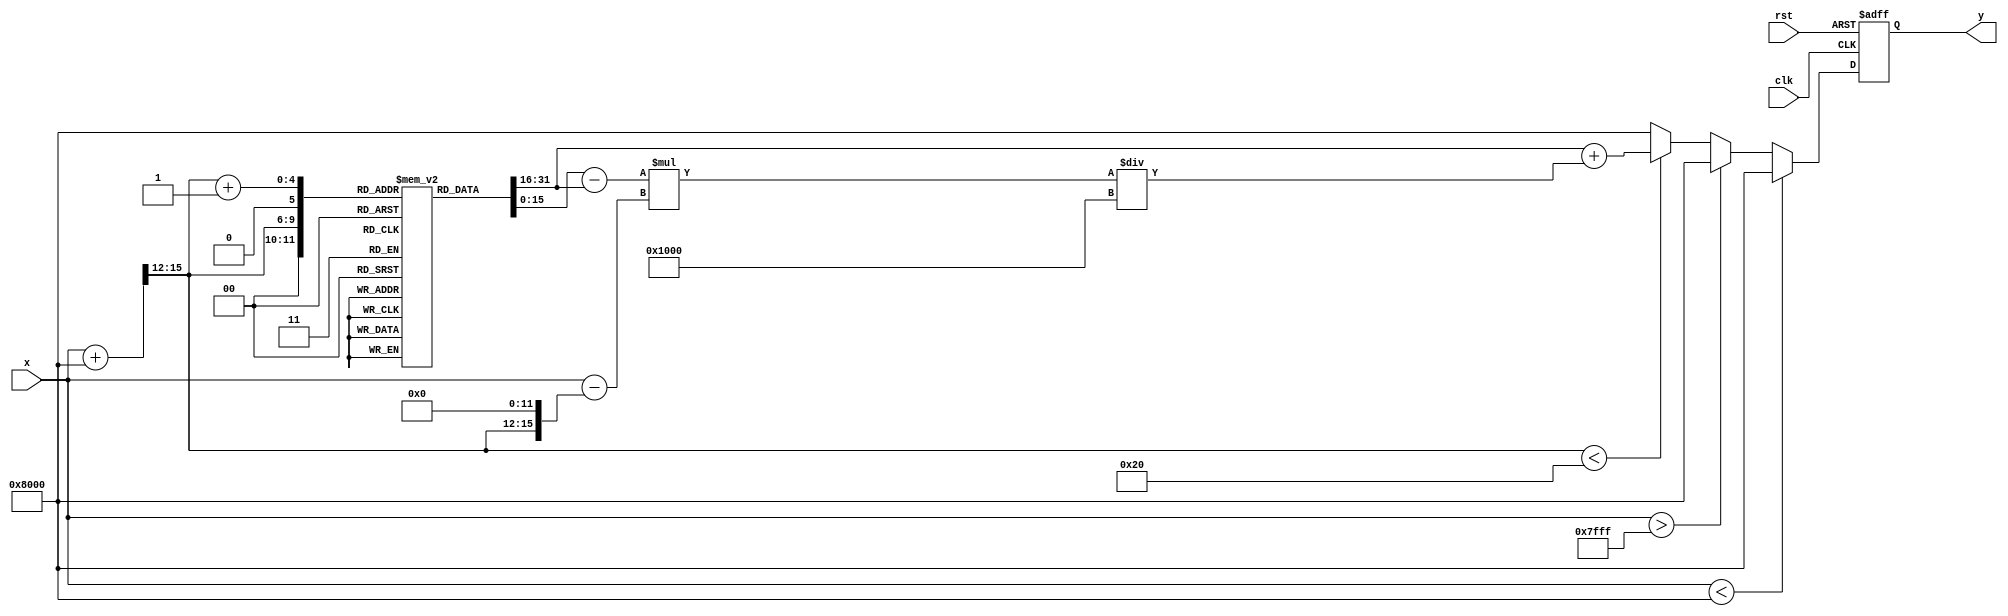
module asin_block (
    input wire clk,
    input wire rst,
    input wire signed [15:0] x, // Input value in fixed-point format (Q1.15)
    output reg signed [15:0] y // Output angle in radians (Q1.15)
);

    // Define the LUT for arcsine values (Q1.15 format)
    reg signed [15:0] lut [0:32]; // 33 entries for -1 to 1 in steps of 0.0625
    initial begin
        lut[0]  = -16'h8000; // -/2
        lut[1]  = -16'h7FFF; // -1.5708
        lut[2]  = -16'h7FFD; // -1.5707
        lut[3]  = -16'h7FFC; // -1.5706
        lut[4]  = -16'h7FFB; // -1.5705
        lut[5]  = -16'h7FFA; // -1.5704
        lut[6]  = -16'h7FF8; // -1.5703
        lut[7]  = -16'h7FF7; // -1.5702
        lut[8]  = -16'h7FF6; // -1.5701
        lut[9]  = -16'h7FF5; // -1.5700
        lut[10] = -16'h7FF4; // -1.5699
        lut[11] = -16'h7FF3; // -1.5698
        lut[12] = -16'h7FF2; // -1.5697
        lut[13] = -16'h7FF1; // -1.5696
        lut[14] = -16'h7FF0; // -1.5695
        lut[15] = 0;          // 0
        lut[16] = 16'h7FF0;   // 1.5695
        lut[17] = 16'h7FF1;   // 1.5696
        lut[18] = 16'h7FF2;   // 1.5697
        lut[19] = 16'h7FF3;   // 1.5698
        lut[20] = 16'h7FF4;   // 1.5699
        lut[21] = 16'h7FF5;   // 1.5700
        lut[22] = 16'h7FF6;   // 1.5701
        lut[23] = 16'h7FF7;   // 1.5702
        lut[24] = 16'h7FF8;   // 1.5703
        lut[25] = 16'h7FFA;   // 1.5704
        lut[26] = 16'h7FFB;   // 1.5705
        lut[27] = 16'h7FFC;   // 1.5706
        lut[28] = 16'h7FFD;   // 1.5707
        lut[29] = 16'h7FFF;   // 1.5708
        lut[30] = 16'h8000;   // /2
        lut[31] = 16'h8000;   // Error code for out of range
        lut[32] = 16'h8000;   // Error code for out of range
    end

    // Internal signals for interpolation
    reg signed [15:0] y0, y1;
    reg [4:0] index; // LUT index
    reg signed [15:0] delta_y;
    reg signed [15:0] delta_x;
    reg signed [15:0] x_frac;

    always @(posedge clk or posedge rst) begin
        if (rst) begin
            y <= 16'h8000; // Default error value
        end else begin
            // Clamp input to the range [-1, 1]
            if (x < -16'h8000) begin
                y <= 16'h8000; // Error value
            end else if (x > 16'h7FFF) begin
                y <= 16'h8000; // Error value
            end else begin
                // Determine LUT index
                index = (x + 16'h8000) >> 12; // Scale x to [0, 32]
                if (index < 32) begin
                    y0 = lut[index];
                    y1 = lut[index + 1];
                    x_frac = (x - (index << 12)); // Fractional part
                    delta_y = y1 - y0;
                    delta_x = 16'h1000; // Step size (0.0625 in Q1.15)
                    // Linear interpolation
                    y <= y0 + ((delta_y * x_frac) / delta_x);
                end else begin
                    y <= 16'h8000; // Error value
                end
            end
        end
    end

endmodule